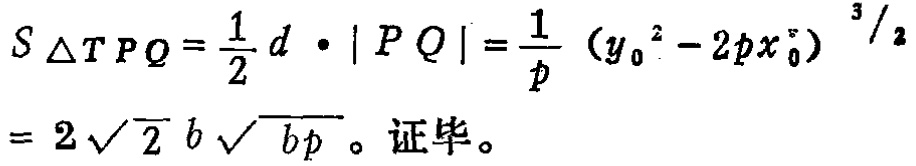
\[
S_{\triangle TPQ}=\frac{1}{2}d\cdot|PQ|=\frac{1}{p}\left(y_{0}^{2}-2px_{0}\right)^{\frac{3}{2}} = 2\sqrt{2}b\sqrt{bp}。证毕。
\]